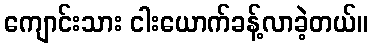
ကျောင်းသား ငါးယောက်ခန့်လာခဲ့တယ်။